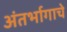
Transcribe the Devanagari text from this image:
अंतर्भागाचे